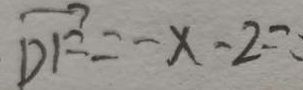
\overrightarrow { D F } = - x - 2 =